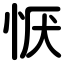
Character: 恹